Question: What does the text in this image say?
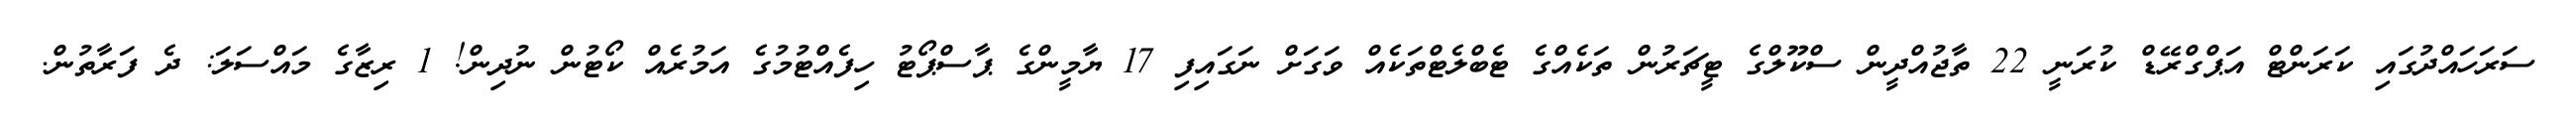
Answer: ސަރަހައްދުގައި ކަރަންޓް އަޕްގްރޭޑް ކުރަނީ 22 ތާޖުއްދީން ސްކޫލްގެ ޓީޗަރުން ތަކެއްގެ ޓެބްލެޓްތަކެއް ވަގަށް ނަގައިފި 17 ޔާމީންގެ ޕާސްޕޯޓު ހިފެއްޓުމުގެ އަމުރެއް ކޯޓުން ނުދިން! 1 ރިޒާގެ މައްސަލަ: ދެ ފަރާތުން.